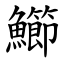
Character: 䲙